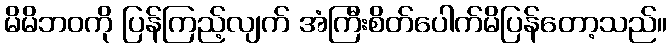
မိမိဘဝကို ပြန်ကြည့်လျက် အံကြီးစိတ်ပေါက်မိပြန်တော့သည်။